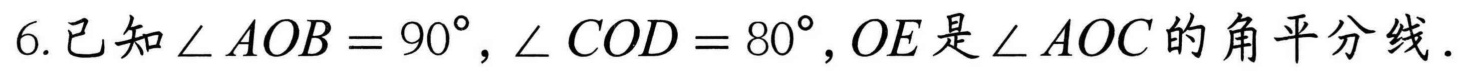
6.已知\(\angle AOB = 90^{\circ},\angle COD = 80^{\circ},OE\)是\(\angle AOC\)的角平分线.